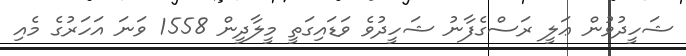
ޝަހީދުވުން ޢަލީ ރަސްގެފާނު ޝަހީދުވެ ވަޑައިގަތީ މީލާދީން 1558 ވަނަ އަހަރުގެ މެއި